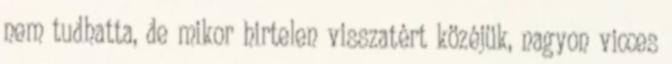
nem tudhatta, de mikor hirtelen visszatért közéjük, nagyon vicces